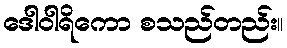
ဒေါဝါရိကော စသည်တည်း။